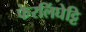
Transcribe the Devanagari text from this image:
फेरलिंघेट्टि